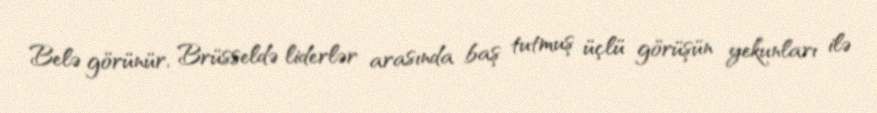
Belə görünür, Brüsseldə liderlər arasında baş tutmuş üçlü görüşün yekunları ilə